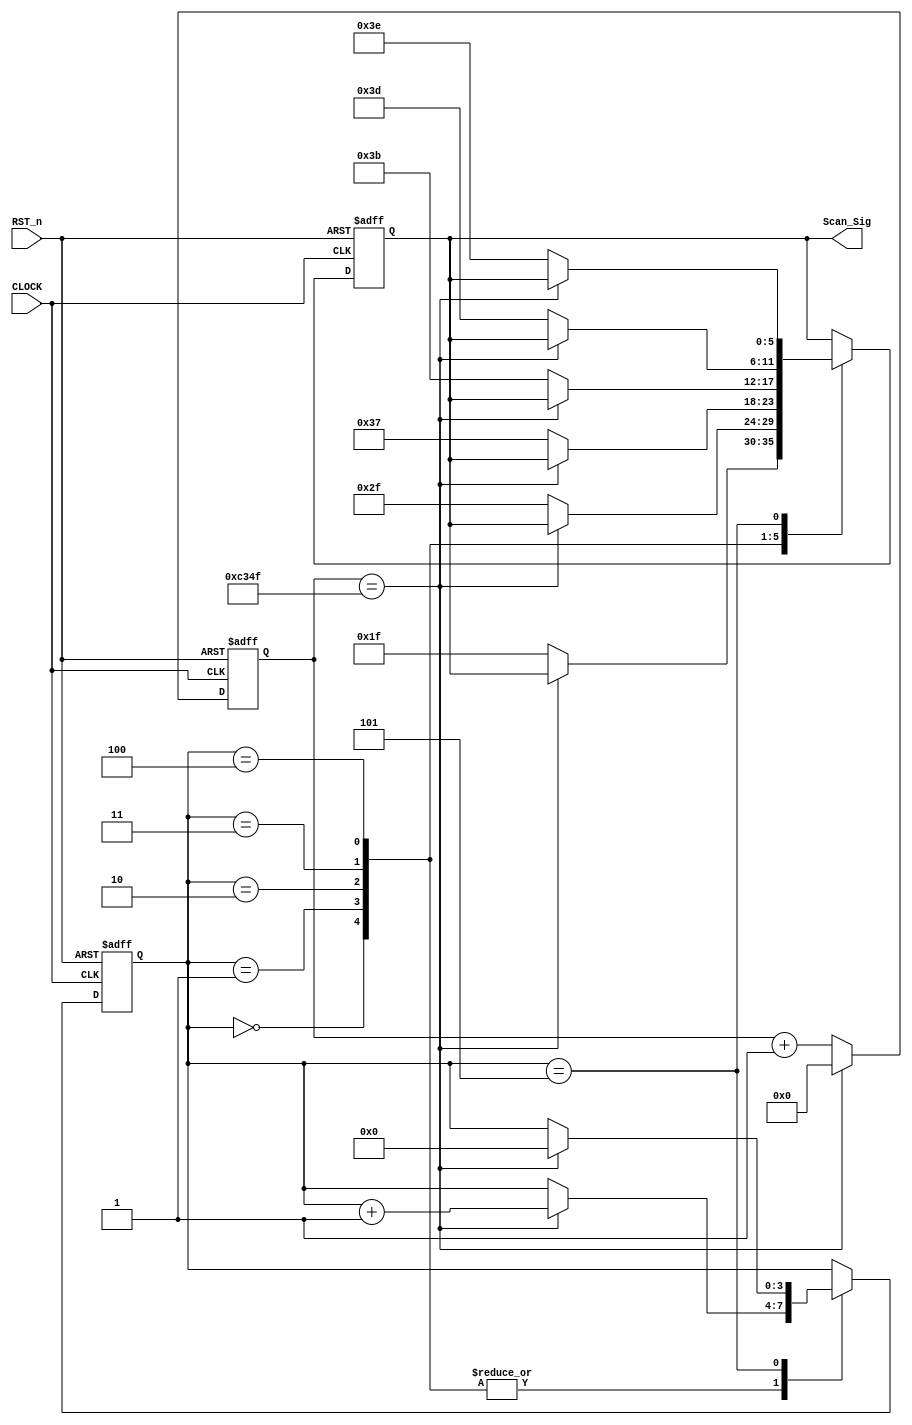
module smg_scan_module
(
    input CLOCK, 
	 input RST_n, 
	 output [5:0]Scan_Sig
);
	 
	 /*****************************/
	 
	 parameter T1MS = 16'd49999;
	 
	 /*****************************/
	 
	 reg [15:0]C1;
	 
	 always @ ( posedge CLOCK or negedge RST_n )
	     if( !RST_n )
		      C1 <= 16'd0;
		  else if( C1 == T1MS )
		      C1 <= 16'd0;
		  else
		      C1 <= C1 + 1'b1;
	
	 /*******************************/
	 
	 reg [3:0]i;
	 reg [5:0]rScan;
	 
	 always @ ( posedge CLOCK or negedge RST_n )
	     if( !RST_n )
		      begin
		          i <= 4'd0;
		          rScan <= 6'b100_000;
			   end
		  else 
		      case( i )
				    
					 0:
		          if( C1 == T1MS ) i <= i + 1'b1;
					 else rScan <= 6'b011_111;
					 
					 1:
					 if( C1 == T1MS ) i <= i + 1'b1;
					 else rScan <= 6'b101_111;
					 
					 2:
					 if( C1 == T1MS ) i <= i + 1'b1;
					 else rScan <= 6'b110_111;
					 
					 3:
					 if( C1 == T1MS ) i <= i + 1'b1;
					 else rScan <= 6'b111_011;
					 
					 4:
					 if( C1 == T1MS ) i <= i + 1'b1;
					 else rScan <= 6'b111_101;
					 
					 5:
					 if( C1 == T1MS ) i <= 4'd0;
					 else rScan <= 6'b111_110;
					 
					 
				endcase
				
	 /******************************/
	 
	 assign Scan_Sig = rScan;
	 
	 /******************************/
		      

endmodule